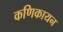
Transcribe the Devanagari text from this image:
कणिकायन